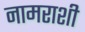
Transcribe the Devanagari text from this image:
नामराशी